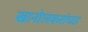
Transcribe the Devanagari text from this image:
खानोलकरांच्या